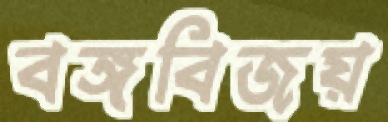
বঙ্গবিজয়